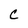
Character: C